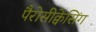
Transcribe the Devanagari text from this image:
पैरोसीक्वेंसिंग